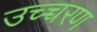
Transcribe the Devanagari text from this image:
उच्च्चरण